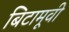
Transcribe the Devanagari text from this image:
बिटामूवी